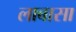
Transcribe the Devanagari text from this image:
लाबासा